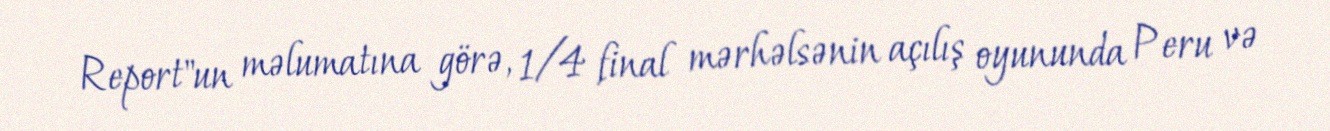
Report"un məlumatına görə, 1/4 final mərhəlsənin açılış oyununda Peru və